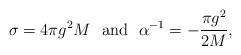
LaTeX: \begin{align*}\sigma=4\pi g^2M~~ {\rm and}~~\alpha^{-1}=-\frac{\pi g^2}{2M},\end{align*}